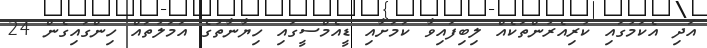
އަދި އެކަމުގައި ކުރިއެރުންތަކެއް ލިބިފައިވާ ކަމަށާއި ޑީއެމްސީގައި ހިޔާނާތުގެ އަމަލުތައް ހިންގައިގެން 24